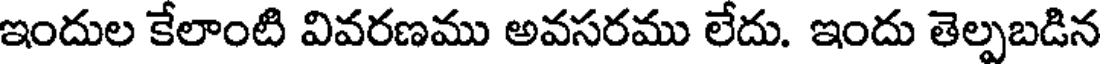
ఇందుల కేలాంటి వివరణము అవసరము లేదు. ఇందు తెల్పబడిన